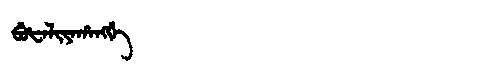
Manchu: ᠪᡠᡶᠠᠯᡳᠶᠠᡥᠠᠩᡤᡝ
Romanization: BUFALIYAHANGGE